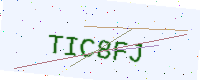
Text: TIC8FJ